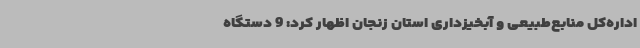
اداره‌کل منابع‌طبیعی و آبخیزداری استان زنجان اظهار کرد: 9 دستگاه